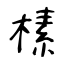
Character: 榡